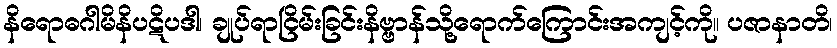
နိရောဓဂါမိနိပဋိပဒါ၊ ချုပ်ရာငြိမ်းခြင်းနိဗ္ဗာန်သို့ရောက်ကြောင်းအကျင့်ကို။ ပဇာနာတိ၊